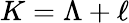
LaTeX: K=\Lambda+\ell